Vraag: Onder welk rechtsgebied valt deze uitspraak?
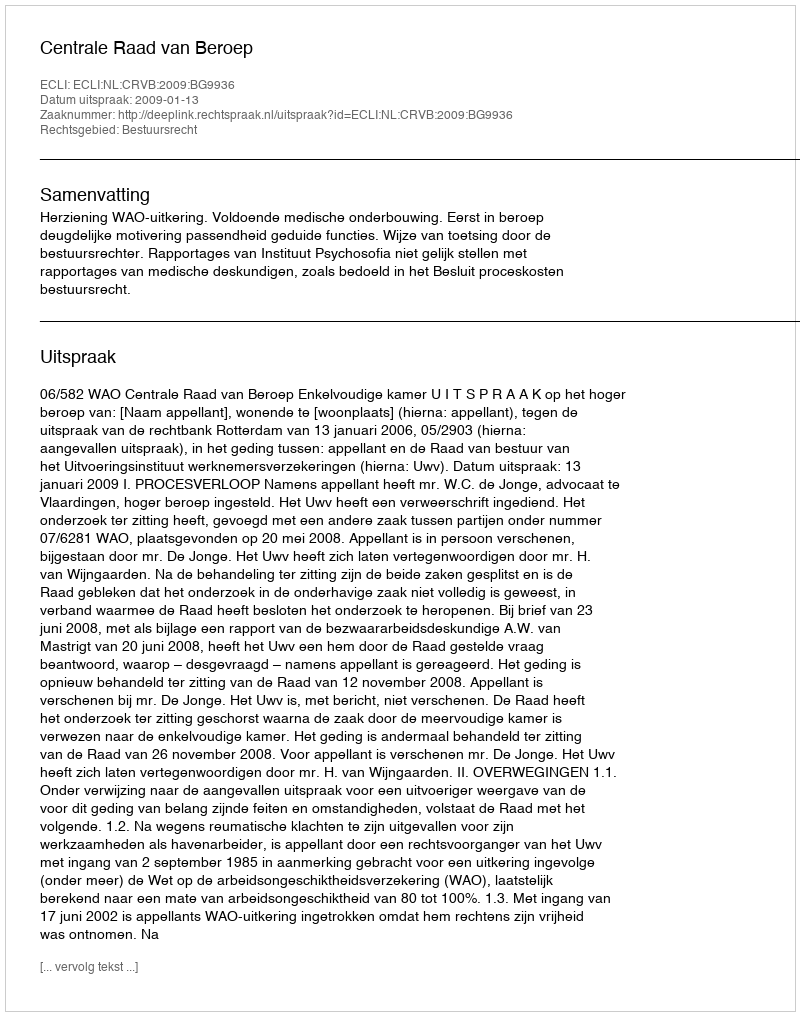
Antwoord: Bestuursrecht